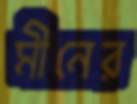
মীনের